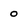
Character: 0